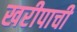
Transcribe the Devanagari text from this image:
खरीपाची